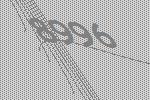
8996